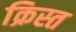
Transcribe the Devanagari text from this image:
क्रिस्त